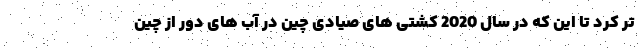
تر کرد تا این که در سال 2020 کشتی های صیادی چین در آب های دور از چین